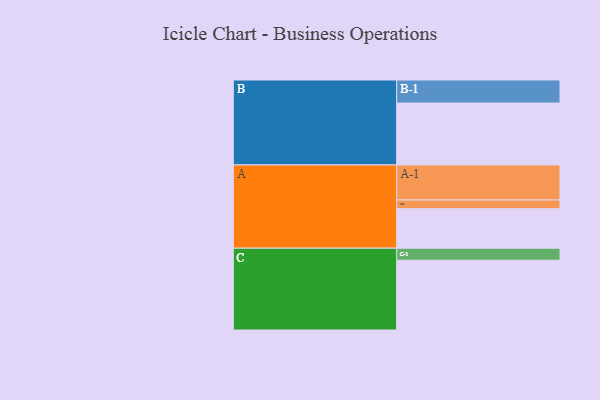
{"axis": {"x": "Segment", "y": "Value"}, "legend": ["", "A", "B", "C"], "data": [{"x": "A", "y": 324, "type": ""}, {"x": "B", "y": 507, "type": ""}, {"x": "C", "y": 572, "type": ""}, {"x": "A-1", "y": 287, "type": "A"}, {"x": "A-2", "y": 71, "type": "A"}, {"x": "B-1", "y": 189, "type": "B"}, {"x": "C-1", "y": 98, "type": "C"}]}